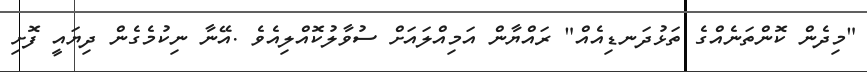
"މިދެން ކޮންތަނެއްގެ ތަޅުދަނޑިއެއް" ރައްޔާން އަމިއްލައަށް ސުވާލުކޮއްލިއެވެ .އޭނާ ނިކުމެގެން ދިޔައީ ފޮށި